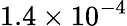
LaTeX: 1.4\times 10^{-4}